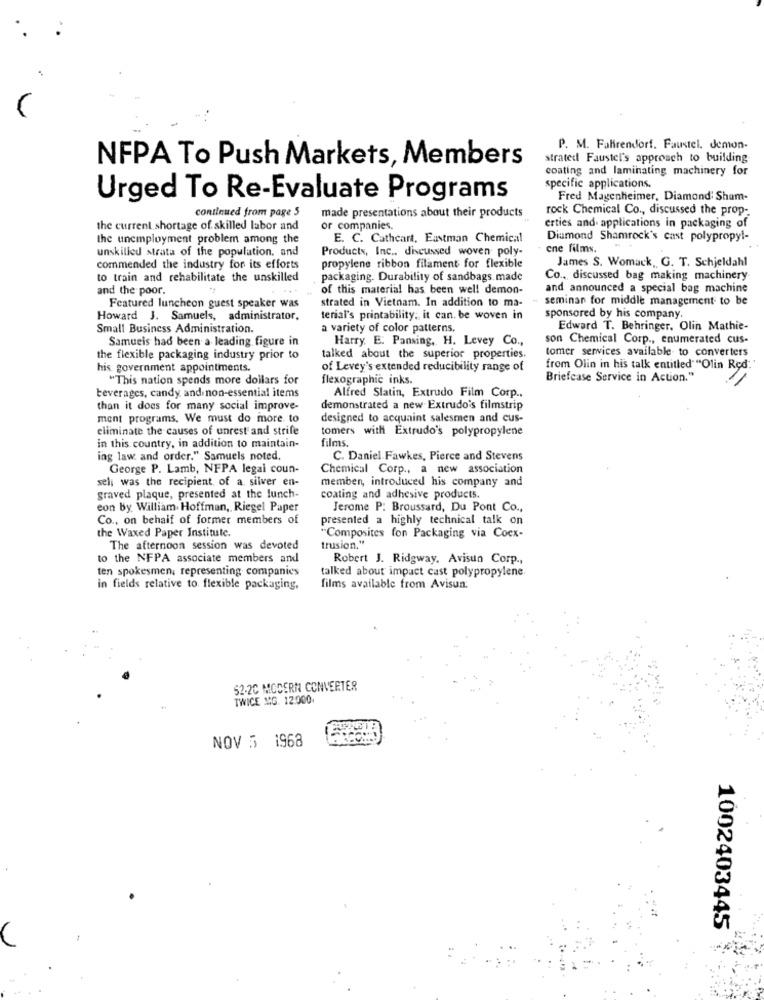
P. M. Fahirendorf. Faustel. demon-
NFPA To Push Markets, Members
strated Faustel's approach to building
coating and laminating machinery for
specific applications.
Urged To Re-Evaluate Programs
Fred Magenheimer, Diamond Sham-
rock Chemical Co ., discussed the prop-
continued from page 5
made presentations about their products
the current. shortage of skilled labor and
or companies
erties and applications in packaging of
the unemployment problem among the
E. C. Cathcart, Eastman Chemical
Diamond Shamrock's cast polypropy !-
unskilled strata of the population, and
Products, Inc ., discussed woven poly-
cne films. . .
James S. Womack, G. T. Schjeldahl
commended the industry for its efforts
propylene ribbon filament for flexible
to train and rehabilitate the unskilled
packaging. Durability of sandbags. made
Co .,, discussed bag making machinery
and the poor.
of this material has been well demon-
and announced a special bag machine
strated in Vietnam. In addition to ma-
seminar for middle management to be
Featured luncheon guest speaker was
Howard J. Samuels, administrator,
terial's printability; it can. be woven in
sponsored by his company.
Small Business Administration.
variety of color patterns,
Edward T. Behringer. Olin Mathie-
Samueis had been a leading figure in
Harry. E. Pansing, H. Levey Co .,
son Chemical Corp ., enumerated cus-
tomer services available to converters
the flexible packaging industry prior to
talked about the superior properties.
his government appointments.
of Levey's extended reducibility range of
from Olin in his talk entitled""Olin Red.'
"This nation spends more dollars for
flexographic inks.
Briefcase Service in Action."
beverages, candy and non-essential items
Alfred Slatin, Extrudo Film Corp ..
than it does for many social improve-
demonstrated a new Extrudo's filmstrip
ment programs, We must do more to
designed to acquaint salesmen and cus-
eliminate the causes of unrest and strife
tomers with Extrudo's polypropylene
films.
in this country, in addition to maintain-
ing law and order." Samuels noted.
C. Daniel Fawkes, Pierce and Stevens
George P. Lamb, NFPA legal coun-
Chemical Corp ., a new association
seli was the recipient of a silver en-
memben, introduced his company and
graved plaque, presented at the lunch-
coating and adhesive products.
eon by William. Hoffman, Riegel Paper
Jerome P: Broussard, Du Pont Co .,
Co ., on behalf of former members of
presented a highly technical talk on
the Waxed Paper Institute.
"Composites fon Packaging via Coex-
The afternoon session was devoted
trusion,"
to the NFPA associate members and
Robert J. Ridgway, Avisun Corp .,
ten spokesmen, representing companies
talked about impact cast polypropylene
in fields relative to flexible packaging,
films available from Avisun.
52-2C MODERN CONVERTER
TWICE MG. 12:000.
NOV 5 1968
1002403445